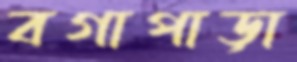
বগাপাড়া